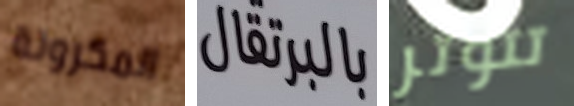
المكرونة بالبرتقال تتوتر